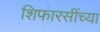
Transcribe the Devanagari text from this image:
शिफारसींच्या